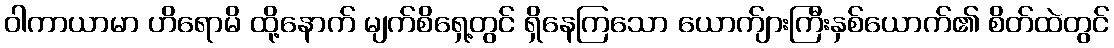
ဝါကာယာမာ ဟိရောမိ ထို့နောက် မျက်စိရှေ့တွင် ရှိနေကြသော ယောက်ျားကြီးနှစ်ယောက်၏ စိတ်ထဲတွင်